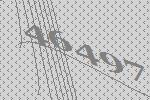
46497